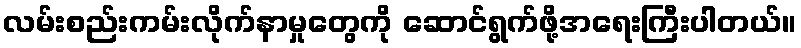
လမ်းစည်းကမ်းလိုက်နာမှုတွေကို ဆောင်ရွက်ဖို့အရေးကြီးပါတယ်။